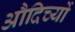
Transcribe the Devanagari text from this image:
औदिच्यों